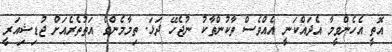
އޮތީ އެހެންވީމާ އެދައްކަނީ އެއްވެސް ތާކުންތާކު ނުޖެހޭ ދަޅަ. ތިމާމެންގެ އަތުތެރެއަށް ޖުޑިޝިއަރީ